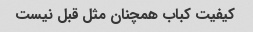
کیفیت کباب همچنان مثل قبل نیست